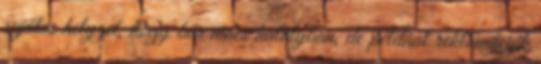
sajátos helyzet, hogy bár nincs hatályban, de például reklamációk